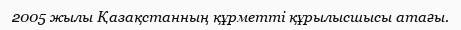
2005 жылы Қазақстанның құрметті құрылысшысы атағы.